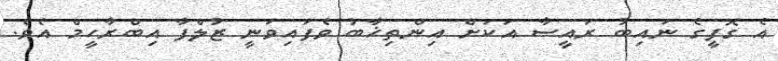
އެ ގޮފީގެ ނައިބު ރައީސާ އަކަށް އިންތިޚާބު ވެފައިވަނީ ޒުލްފާ އިބްރާހީމް އެވެ.